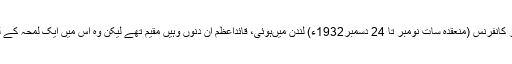
اس کے بعد تیسری گول میز کانفرنس (منعقدہ سات نومبر تا 24 دسمبر1932ء) لندن میںہوئی، قائداعظم ان دنوں وہیں مقیم تھے لیکن وہ اس میں ایک لمحہ کے لئے بھی شریک نہیں ہوئے۔